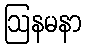
ဩနမနာ